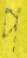
প